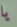
يا